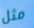
مثل